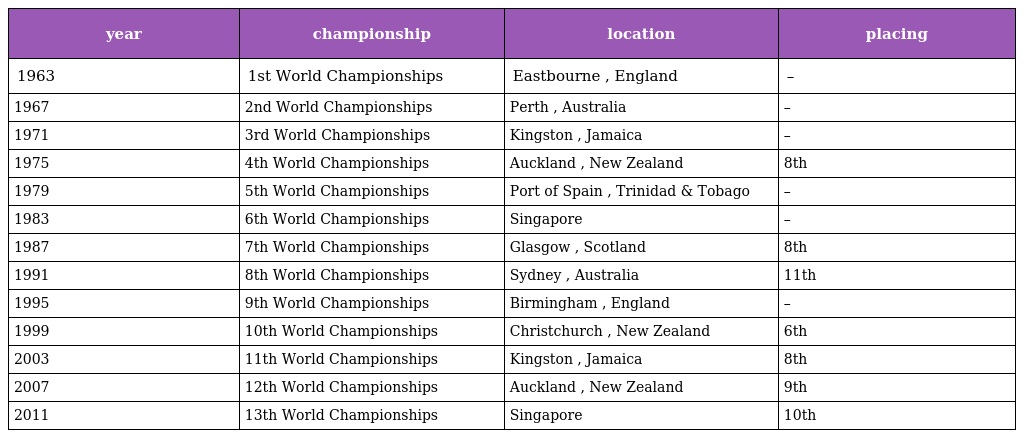
| year | championship | location | placing |
 | --- | --- | --- | --- |
 | 1963 | 1st World Championships | Eastbourne , England | – |
 | 1967 | 2nd World Championships | Perth , Australia | – |
 | 1971 | 3rd World Championships | Kingston , Jamaica | – |
 | 1975 | 4th World Championships | Auckland , New Zealand | 8th |
 | 1979 | 5th World Championships | Port of Spain , Trinidad & Tobago | – |
 | 1983 | 6th World Championships | Singapore | – |
 | 1987 | 7th World Championships | Glasgow , Scotland | 8th |
 | 1991 | 8th World Championships | Sydney , Australia | 11th |
 | 1995 | 9th World Championships | Birmingham , England | – |
 | 1999 | 10th World Championships | Christchurch , New Zealand | 6th |
 | 2003 | 11th World Championships | Kingston , Jamaica | 8th |
 | 2007 | 12th World Championships | Auckland , New Zealand | 9th |
 | 2011 | 13th World Championships | Singapore | 10th |